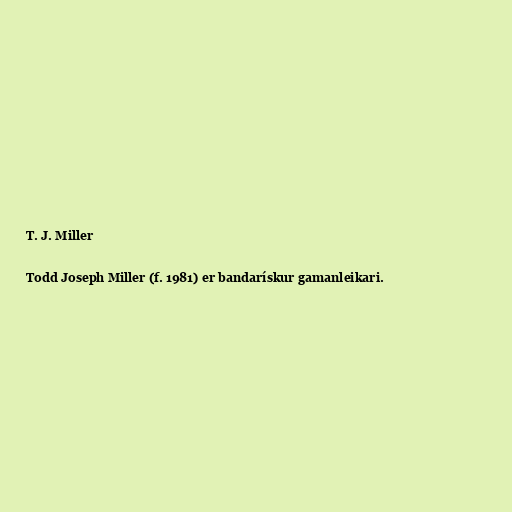
T. J. Miller

Todd Joseph Miller (f. 1981) er bandarískur gamanleikari.